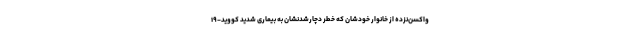
واکسن‌نزده‌ از خانوار خودشان که خطر دچارشدنشان به بیماری شدید کووید-۱۹